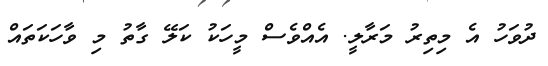
ދުވަހު އެ މިތިރު މަރާލީ. އެއްވެސް މީހަކު ކަލޭ ގާތު މި ވާހަކަތައް